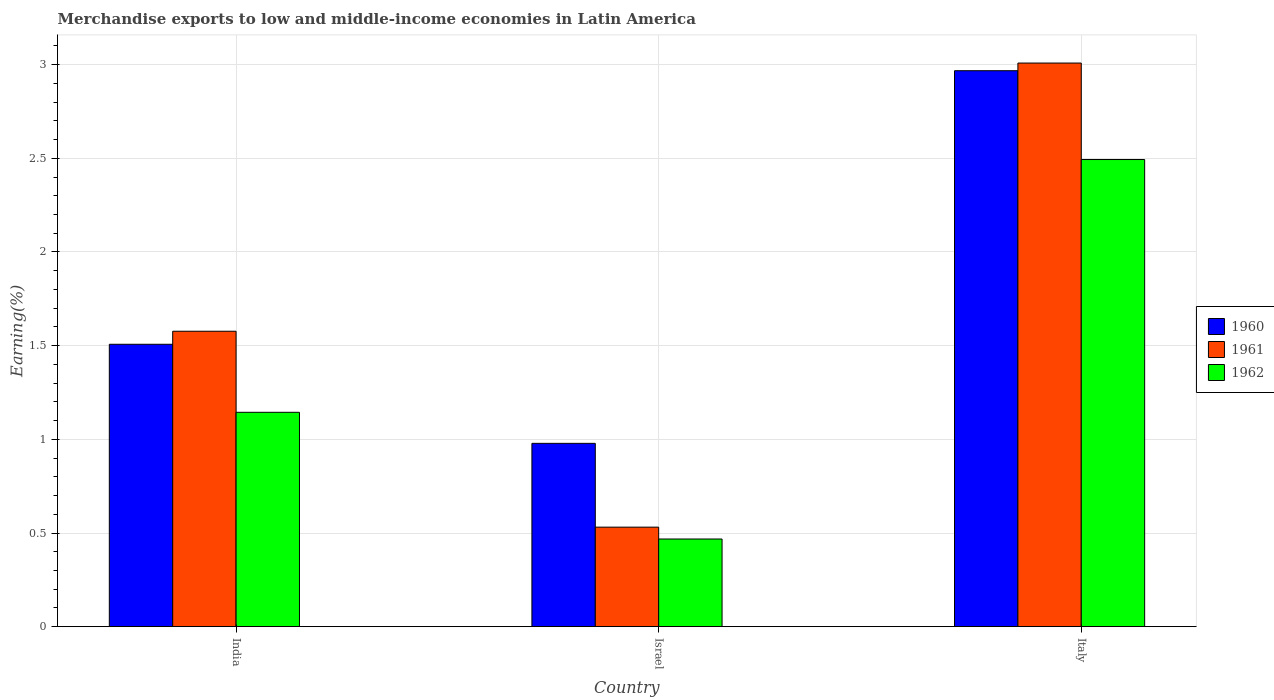
| Country | 1960 | 1961 | 1962 |
 | --- | --- | --- | --- |
 | India | 1.51 | 1.58 | 1.14 |
 | Israel | 0.979 | 0.531 | 0.468 |
 | Italy | 2.97 | 3.01 | 2.49 |